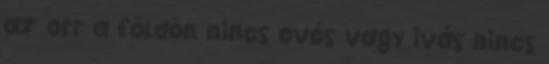
az orr a földön nincs evés vagy ivás nincs